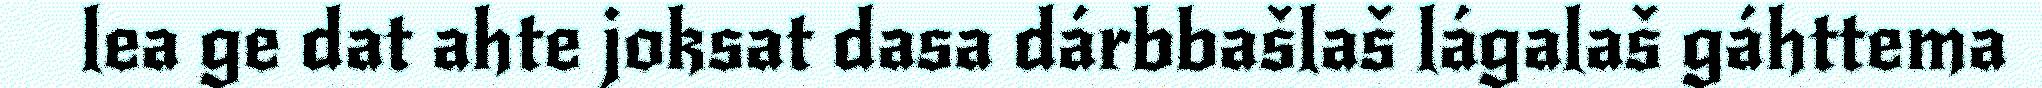
lea ge dat ahte joksat dasa dárbbašlaš lágalaš gáhttema